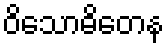
ဝိသောဓိတေန